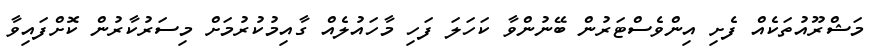
މަޝްރޫއުތަކެއް ފެށި އިންވެސްޓަރުން ބޭނުންވާ ކަހަލަ ފަހި މާހައުލެއް ގާއިމުކުރުމަށް މިސަރުކާރުން ކޮށްފައިވާ